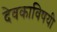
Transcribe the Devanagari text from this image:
देवकाविषयी